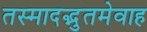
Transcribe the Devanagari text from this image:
तस्मादद्भुतमेवाह